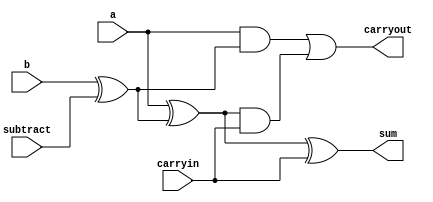
module bitsliceAdder
/*
  This is a bitslice of an adder. It cannot complete accurate subtraction on its
  own.
  TODO: figure out how best to define timing on gates
*/
(
  output sum,
  output carryout,
  input a,
  input b,
  input carryin,
  input subtract
);
  wire xorAout, xorCout, andAout, andBout;

  xor xorC(xorCout, b, subtract);
  xor xorA(xorAout, a, xorCout);
  and andA(andAout, a, xorCout);
  xor xorB(sum, xorAout, carryin);
  and andB(andBout, xorAout, carryin);
  or orgate(carryout, andAout, andBout);
endmodule

module twoBitAdder
(
  output[1:0] sum,
  output carryout,
  output overflow,
  input[1:0] a,
  input[1:0] b,
  input subtract
  );

  wire carryout0;

  bitsliceAdder adder0(sum[0], carryout0, a[0], b[0], subtract, subtract);
  bitsliceAdder adder1(sum[1], carryout, a[1], b[1], subtract, carryout0);

  // Calculate overflow
  xor xorgate(overflow, carryout, carryout0);

endmodule

module FullAdder4bit
(
  output[3:0] sum,  // 2's complement sum of a and b
  output carryout,  // Carry out of the summation of a and b
  output overflow,  // True if the calculation resulted in an overflow
  input[3:0] a,     // First operand in 2's complement format
  input[3:0] b,      // Second operand in 2's complement format
  input subtract
);
  wire carryout0, carryout1, carryout2, carryout3;
  // reg carryin = 0;

  bitsliceAdder adder0 (sum[0], carryout0, a[0], b[0], subtract, subtract);
  bitsliceAdder adder1 (sum[1], carryout1, a[1], b[1], subtract, carryout0);
  bitsliceAdder adder2 (sum[2], carryout2, a[2], b[2], subtract, carryout1);
  bitsliceAdder adder3 (sum[3], carryout, a[3], b[3], subtract, carryout2);

  xor xorgate(overflow, carryout, carryout2);

  endmodule


module full32BitAdder
/*
  Some description
*/
(
  output[31:0] sum,
  output carryout,
  output overflow,
  input[31:0] a,
  input[31:0] b,
  input subtract
);
  wire carryouts[30:0];

  // Generate the first adder, because its carryin should be subtract
  bitsliceAdder adder0(sum[0], carryouts[0], a[0], b[0], subtract, subtract);

  // Generate adders 0-31
  genvar i;
  generate
    for (i=1; i<31; i=i+1)
    begin:genblock
      bitsliceAdder adder(sum[i], carryouts[i], a[i], b[i], carryouts[i-1], subtract);
    end
  endgenerate

  // Generate the last (31st) adder for the right variable name on carryout
  bitsliceAdder adder31(sum[31], carryout, a[31], b[31], carryouts[30], subtract);

  // Calculate overflow
  xor xorgate(overflow, carryout, carryouts[30]);
endmodule